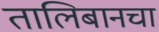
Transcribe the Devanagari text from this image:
तालिबानचा